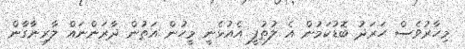
މިހާރުވެސް ހަރަދު ބޮޑުކަމުން އެ ލުތުފީ އެއުޅެނީ މީހުން އަތުން ދާރަންނައް ލާރިނާގާން